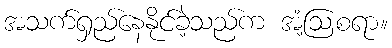
အသက်ရှည်နေနိုင်ခဲ့သည်က အံ့ဩစရာ။